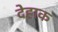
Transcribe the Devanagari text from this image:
देहाक